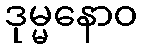
ဒုမ္မနောဝ